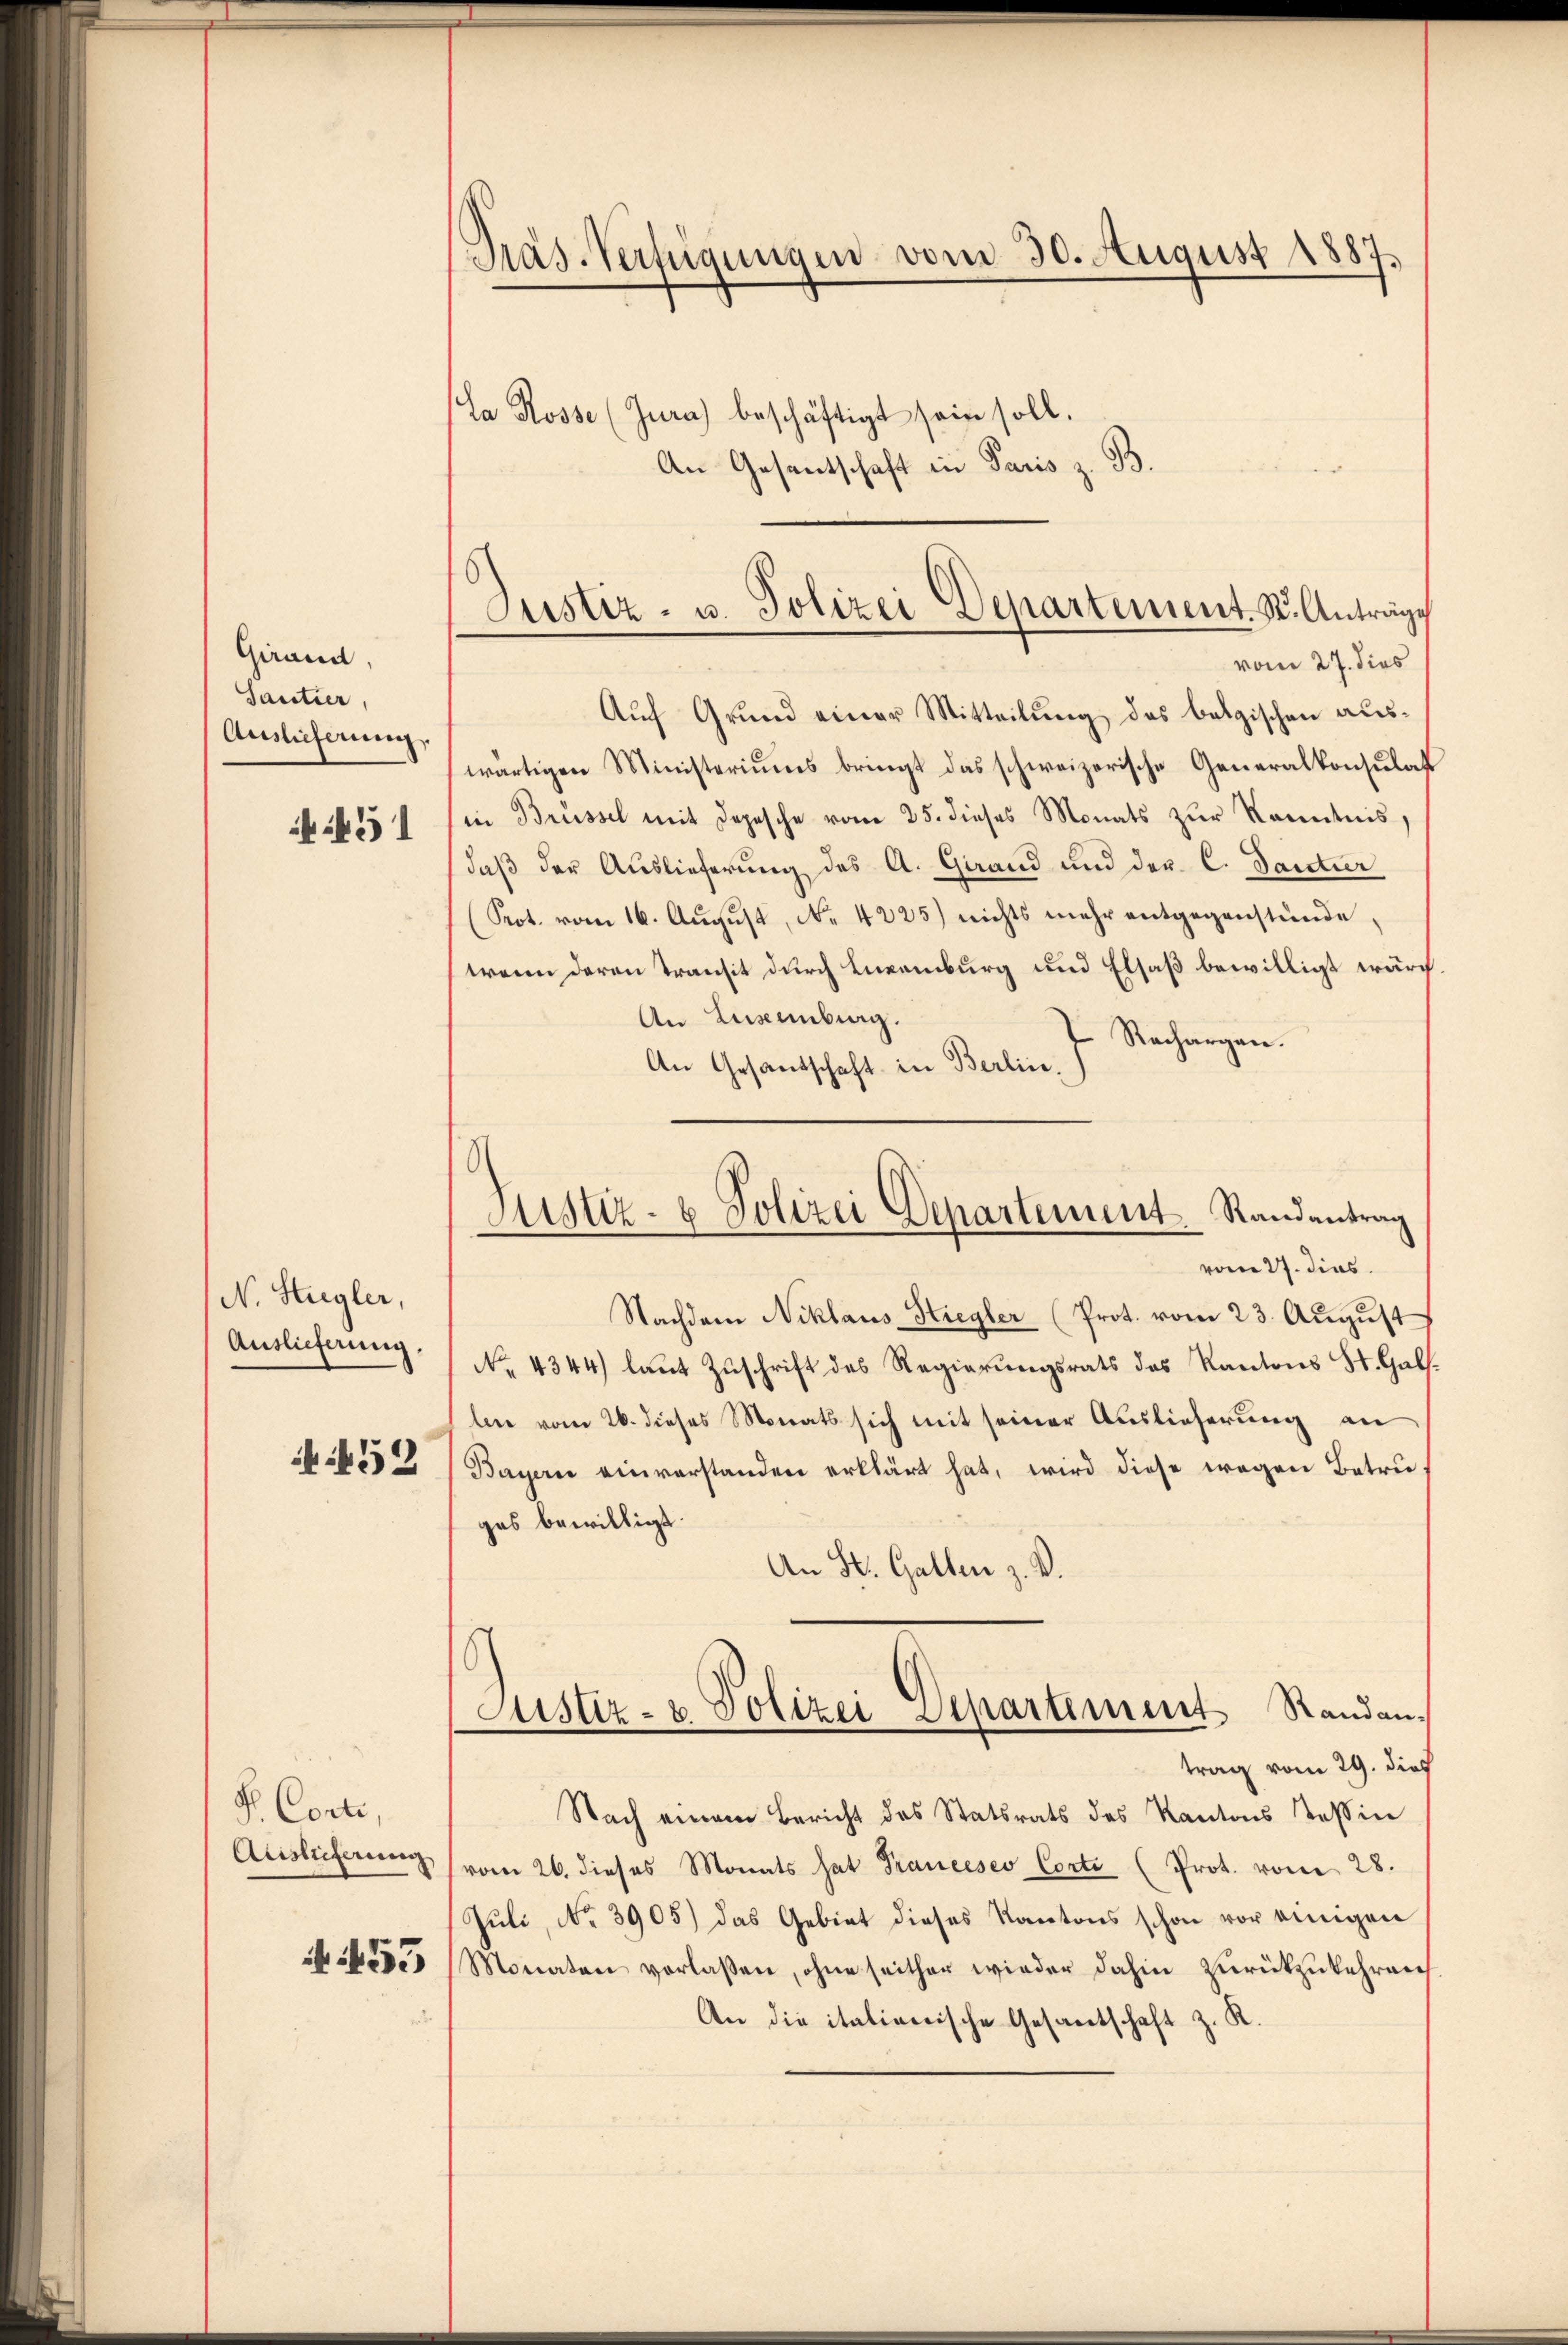
Girand,
Santier
Auslieferung.
451

N. Stugler,
Auslieferung.
452

S. Conti,
Auslieferung

N 55

Pras-Verfügungen vom 30. August 1887.

La Rosse (Jura) beschäftigt sein soll.
An Gesentschaft in Paris z. B.

Auf Grund einer Mitteilung des belgischen auswärtigen Ministeriums bringt das schweizerische Generalkonsulat
(in Brüssel mit Depesche vom 25. dieses Monats zŭr Kenntnis,
daß der Auslieferung des A. Grand und der C. Santier
(Prot. vom 16. August, No. 4225) nichts mehr entgegenstünde,
wenn daran transit durch Enkemburg und Elsaß bewilligt wur
An Luxenburg
Rechargen.
An Gesandschaft in Berlin.)
Nachdem Niklaus- Htregler (Prot. vom 23. August
No. 4344) laŭt Zŭschrift des Regierŭngsrats das Kantons St. Gals.
len vom 26. dieses Monats sich mit seiner Auslieferung an
Bayern einverstanden erklärt hat, wird diese wegen Betru
ges bewilligt.
An St. Gallen z. B.
Justiz- & Polizei Departement Randantrag vom 29. dies
Nach einem Bericht des Statsrats des Kantons Kassier
vom 26. dieses Monats hat Prancesco Corte (Prot. vom 28.
Juli, No. 3905) das Gebiet dieses Kantons schon vor einigen
Monaten verlaßen, ohne seither wieder dahin zurückzukehren
An die italienische Gesamtschaft z. R.

Justiz- u. Polizei Departement. St. Anträge
vom 27. dies

Justiz- & Polizei Departement Randantrag
vom 27. dies